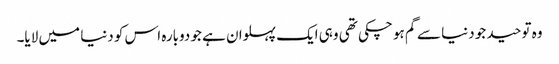
وہ توحید جو دنیا سے گم ہو چکی تھی وہی ایک پہلوان ہے جو دوبارہ اس کو دنیا میں لایا۔